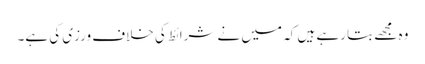
وہ مجھے بتا رہے ہیں کہ میں نے شرائط کی خلاف ورزی کی ہے۔